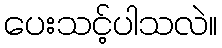
ပေးသင့်ပါသလဲ။